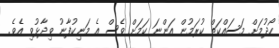
ހޯދުމަށް މަސައްކަތް ކުރަމުން އަންނަ ކަމަށް ވެސް އެ މަނިކުފާނު ވިދާޅުވި އެވެ.